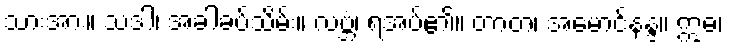
သားအား။ သဒါ၊ အခါခပ်သိမ်း။ လဗ္ဘံ၊ ရအပ်၏။ တာတ၊ အမောင်နန္ဒ။ ဣဓ၊